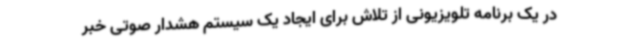
در یک برنامه تلویزیونی از تلاش برای ایجاد یک سیستم هشدار صوتی خبر